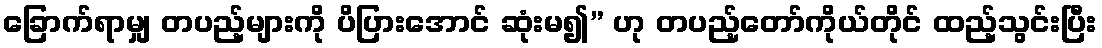
ခြောက်ရာမျှ တပည့်များကို ပိပြားအောင် ဆုံးမ၍” ဟု တပည့်တော်ကိုယ်တိုင် ထည့်သွင်းပြီး